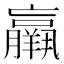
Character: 𦏞